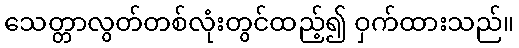
သေတ္တာလွတ်တစ်လုံးတွင်ထည့်၍ ဝှက်ထားသည်။